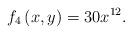
LaTeX: \begin{align*}f_{4}\left( x,y\right) =30x^{12}. \end{align*}